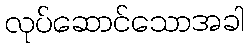
လုပ်ဆောင်သောအခါ